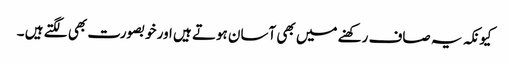
کیونکہ یہ صاف رکھنے میں بھی آسان ہوتے ہیں اور خوبصورت بھی لگتے ہیں ۔